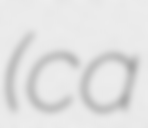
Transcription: (ca